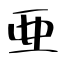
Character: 亜